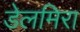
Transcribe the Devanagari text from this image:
डेलमिरा